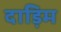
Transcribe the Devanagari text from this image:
दाड़िम